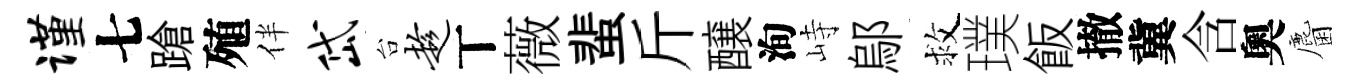
谨七蹌殖伴岱台趁丅薇蜚斤醸洵峙鄔救璞飯撤冀含奧麕